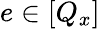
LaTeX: e\in[Q_{x}]